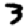
Digit: 3